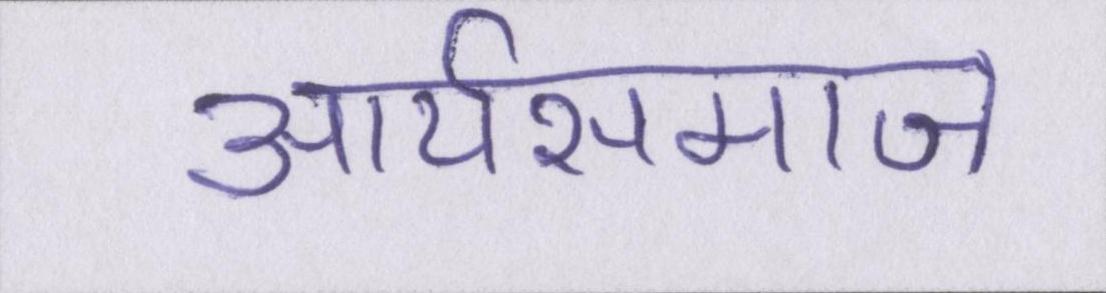
आर्यसमाज